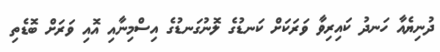
ދުނިޔެއާ ހަނދު ކައިރިވާ ވަރަކަށް ކަނޑުގެ ލޮނުގަނޑުގެ އިސްމިނާއި އޮއި ވަރަށް ބޮޑެތި